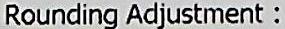
ROUNDING ADJUSTMENT :